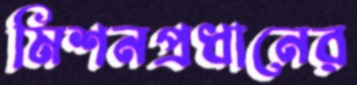
মিশনপ্রধানের